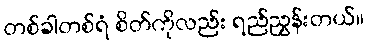
တစ်ခါတစ်ရံ စိတ်ကိုလည်း ရည်ညွှန်းတယ်။